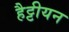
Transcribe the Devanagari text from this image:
हैट्टीयन